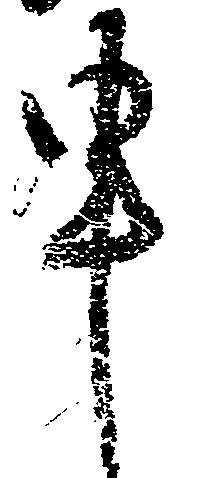
申